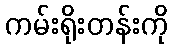
ကမ်းရိုးတန်းကို